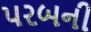
પરબની